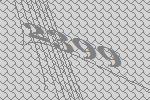
2399